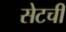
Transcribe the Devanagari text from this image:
सेटची